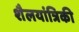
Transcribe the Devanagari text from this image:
शैलयांत्रिकी